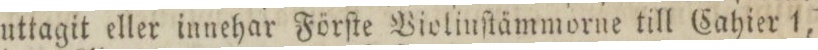
uttagit eller innehar Förſte Violinſtämmorne till Cahier 1,